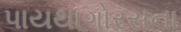
પાયથાગોરસના